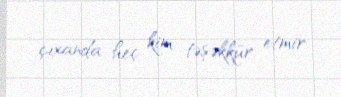
çıxanda heç kim təşəkkür etmir.